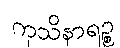
ကုသိနာရဉ္စ